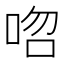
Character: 𠳪